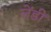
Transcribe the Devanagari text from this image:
लेंडीं